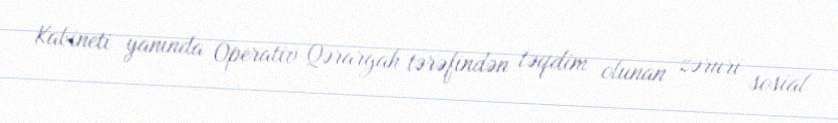
Kabineti yanında Operativ Qərargah tərəfindən təqdim olunan zəruri sosial